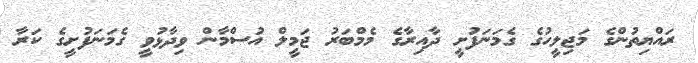
ރައްޔިތުންގެ މަޖިލީހުގެ ގެމަނަފުށީ ދާއިރާގެ މެމްބަރު ޖަމީލް އުސްމާން ވިދާޅުވީ ގެމަނަފުށީގެ ކަރާ